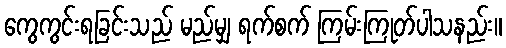
ကွေကွင်းရခြင်းသည် မည်မျှ ရက်စက် ကြမ်းကြုတ်ပါသနည်း။